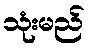
သုံးမည်